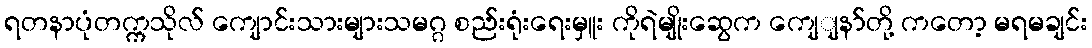
ရတနာပုံတက္ကသိုလ် ကျောင်းသားများသမဂ္ဂ စည်းရုံးရေးမှူး ကိုရဲမျိုးဆွေက ကျေျနာ်တို့ ကတော့ မရမချင်း